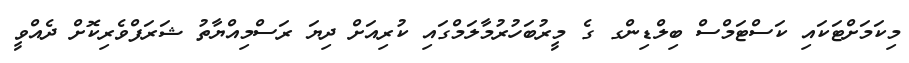
މިކަމަށްޓަކައި ކަސްޓަމްސް ބިލްޑިންގ ގެ މީރުބަހުރުމާލަމްގައި ކުރިއަށް ދިޔަ ރަސްމިއްޔާތު ޝަރަފްވެރިކޮށް ދެއްވީ